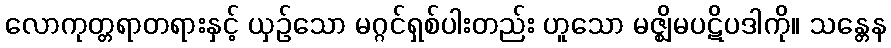
လောကုတ္တရာတရားနှင့် ယှဉ်သော မဂ္ဂင်ရှစ်ပါးတည်း ဟူသော မဇ္ဈိမပဋိပဒါကို။ သန္တေန